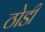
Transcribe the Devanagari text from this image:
ठोडी